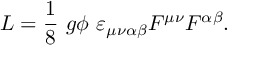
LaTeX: { \cal L } = \frac { 1 } { 8 } \ g \phi \ \varepsilon _ { \mu \nu \alpha \beta } F ^ { \mu \nu } F ^ { \alpha \beta } .